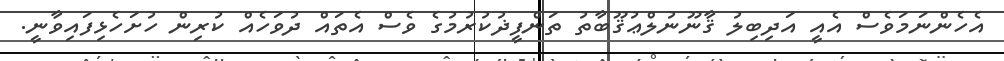
އެހެންނަމަވެސް އެއީ އަދިބިލު ޤާނޫނުލްޢުޤޫބާތު ތަންފީޛުކުރުމުގެ ވެސް އެތައް ދުވަހެއް ކުރިން ހުށަހެޅިފައިވާނީ.